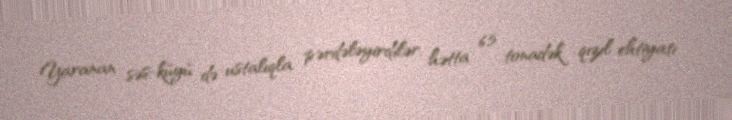
Yaranan səs-küyü də ustalıqla pərdələyirdilər, hətta 6,5 tonadək qızıl ehtiyatı